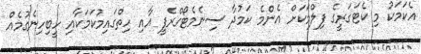
އެކަމަކު މި ކެޓަގަރީގެ ފިލްމަކަށް އެންމެ ކަމުދާ ސިނެމެޓޯގްރެފީ އާއި ހިތްގައިމުކަމަކާއި ހީބިހިނެގުމެއް